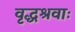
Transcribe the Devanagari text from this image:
वृद्धश्रवाः